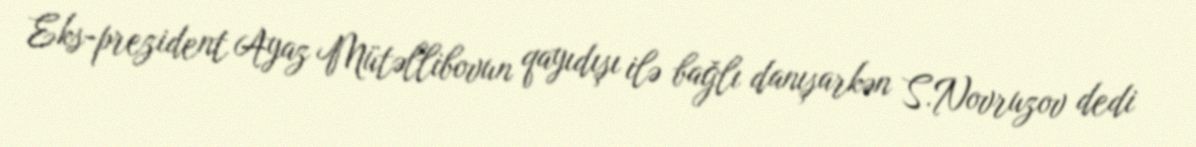
Eks-prezident Ayaz Mütəllibovun qayıdışı ilə bağlı danışarkən S.Novruzov dedi